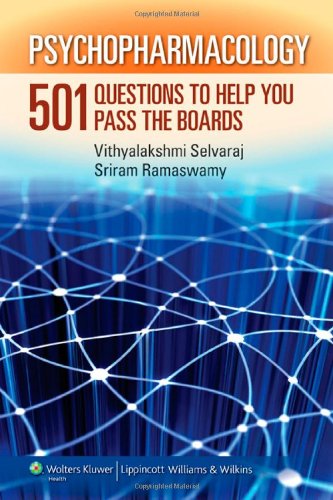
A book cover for Psychopharmacology: 501 Questions to Help You Pass the Boards; Sriram Ramaswamy; Health, Fitness & Dieting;